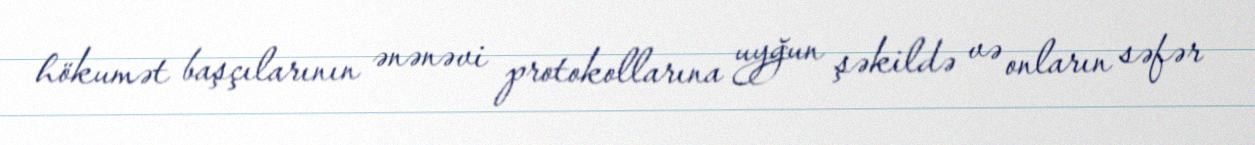
hökumət başçılarının ənənəvi protokollarına uyğun şəkildə və onların səfər